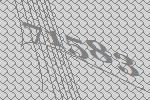
71583